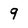
Character: 9